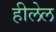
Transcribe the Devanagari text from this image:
हीलेल